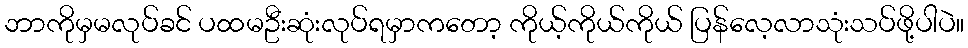
ဘာကိုမှမလုပ်ခင် ပထမဦးဆုံးလုပ်ရမှာကတော့ ကိုယ့်ကိုယ်ကိုယ် ပြန်လေ့လာသုံးသပ်ဖို့ပါပဲ။